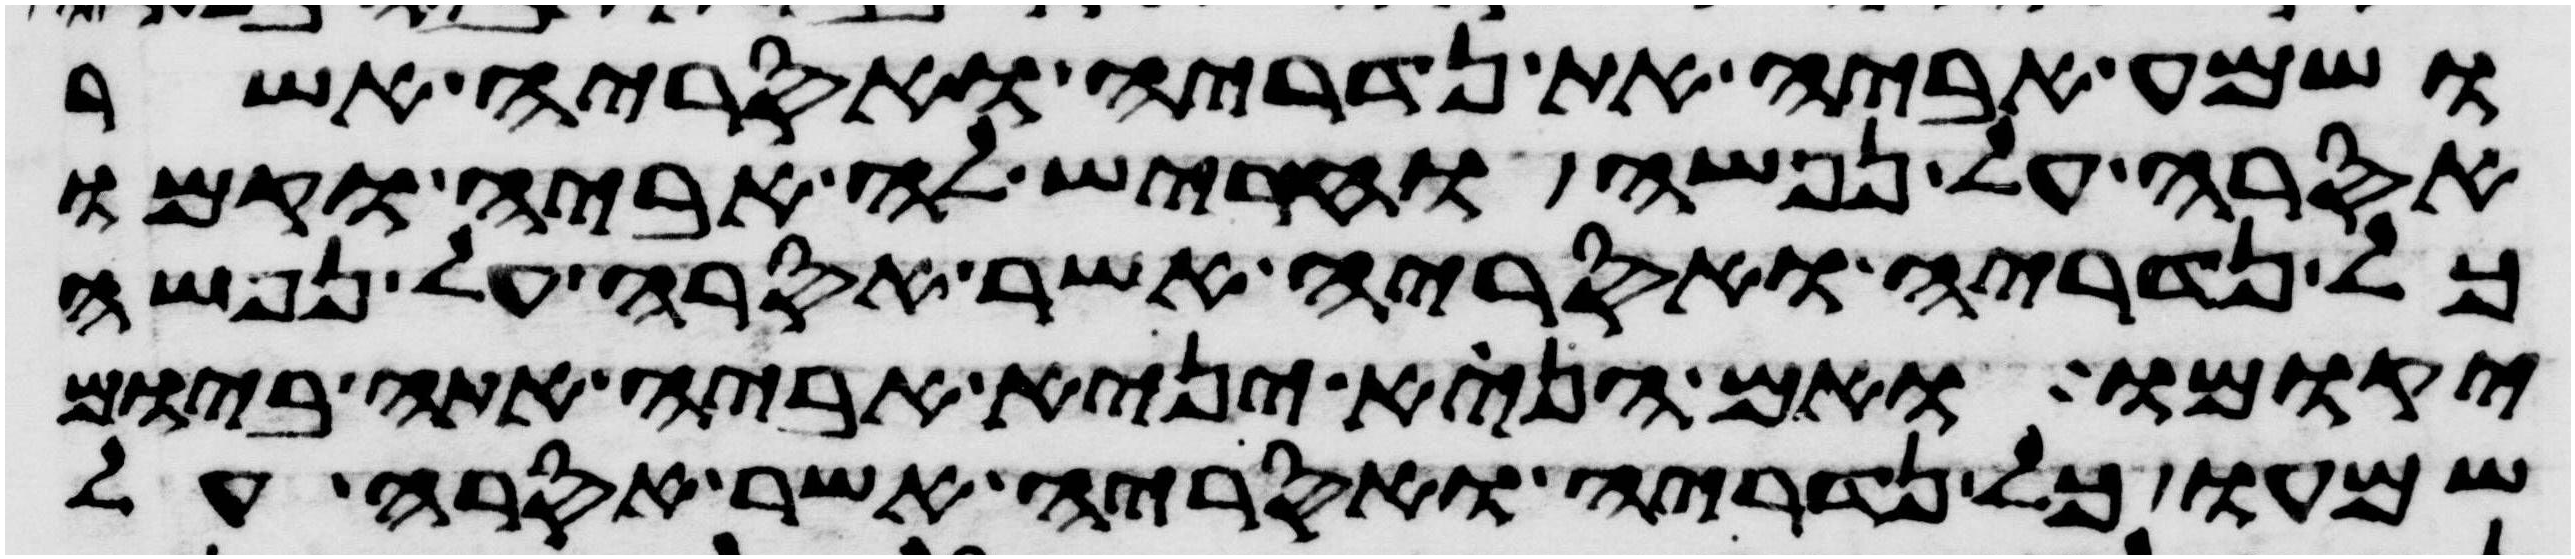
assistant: ושמע אביה את נדריה ואסריה אשר
אסרה על נפשה והחריש לה אביה וקמו
כל נדריה ואסריה אשר אסרה על נפשה
יקומו ואם הנא יניא אביה אתה ביום
שמעו כל נדריה ואסריה אשר אסרה על